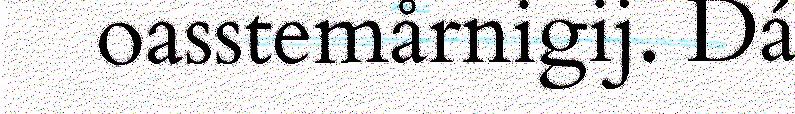
oasstemårnigij. Dá